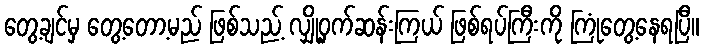
တွေ့ချင်မှ တွေ့တော့မည် ဖြစ်သည့် လျှို့ဝှက်ဆန်းကြယ် ဖြစ်ရပ်ကြီးကို ကြုံတွေ့နေရပြီ။